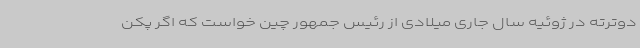
دوترته در ژوئیه سال جاری میلادی از رئیس جمهور چین خواست که اگر پکن